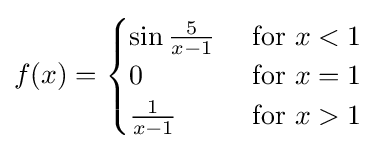
f(x)={\begin{cases}\sin {\frac {5}{x-1}}&{\mbox{ for }}x<1\\0&{\mbox{ for }}x=1\\{\frac {1}{x-1}}&{\mbox{ for }}x>1\end{cases}}